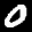
Label: 0